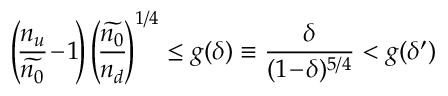
\left( \! \frac { n _ { u } } { \widetilde { n _ { 0 } } } \! - \! 1 \! \right) \left( \! \frac { \widetilde { n _ { 0 } } } { n _ { d } } \! \right) ^ { 1 / 4 } \le g ( \delta ) \equiv \frac { \delta } { ( 1 \! - \! \delta ) ^ { 5 / 4 } } < g ( \delta ^ { \prime } )